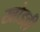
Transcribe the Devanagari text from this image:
खोडही